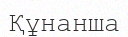
Құнанша